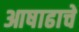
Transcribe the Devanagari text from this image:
आषाढाचे